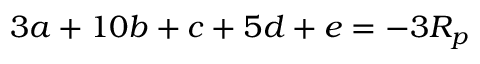
3 a + 1 0 b + c + 5 d + e = - 3 R _ { p }